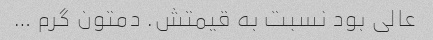
عالی بود نسبت به قیمتش. دمتون گرم …